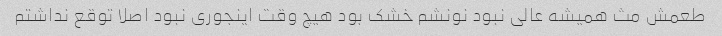
طعمش مث همیشه عالی نبود نونشم خشک بود هیچ وقت اینجوری نبود اصلا توقع نداشتم